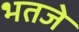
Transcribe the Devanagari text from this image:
भतजे